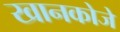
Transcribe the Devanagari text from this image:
खानकोजे